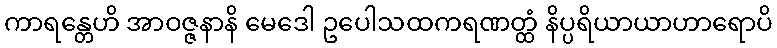
ကာရန္တေဟိ အာဝဇ္ဇနာနိ မေဒေါ ဥပေါသထကရဏတ္ထံ နိပ္ပရိယာယာဟာရောပိ